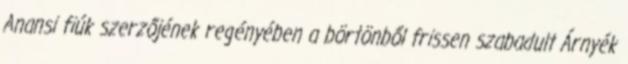
Anansi fiúk szerzőjének regényében a börtönből frissen szabadult Árnyék